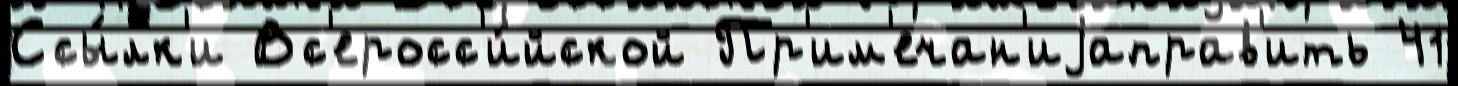
Ссы́лк'и Вс'еросс'и́йской Пр'им'ечан'иjаправ'ить 41